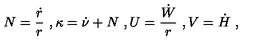
N = { \frac { \dot { r } } { r } } \ , \kappa = \dot { \nu } + N \ , U = { \frac { \dot { W } } { r } } \ , V = \dot { H } \ ,